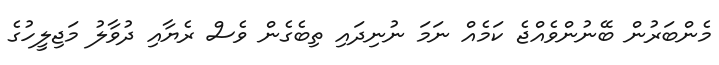
މެންބަރުން ބޭނުންވެއްޖެ ކަމެއް ނަމަ ނުނިދައި ތިބެގެން ވެސް ރެޔާއި ދުވާލު މަޖިލީހުގެ